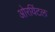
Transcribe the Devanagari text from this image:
ओरयिंटल